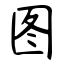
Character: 图